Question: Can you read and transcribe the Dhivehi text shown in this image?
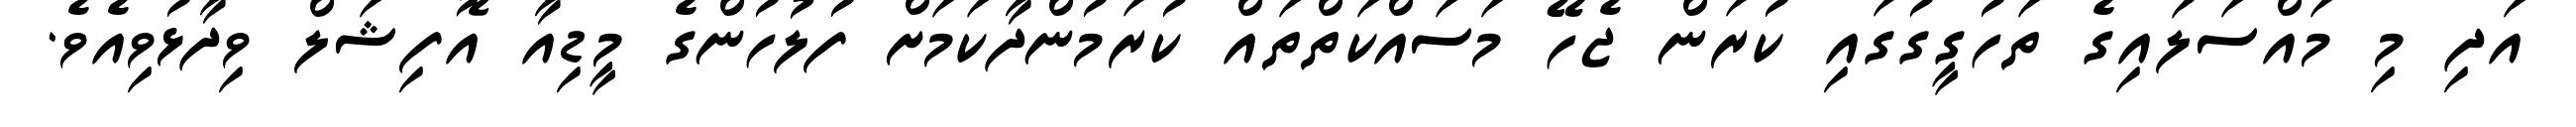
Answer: އަދި މި މައްސަލައިގެ ތަހުގީގުގައި ކުރަން ޖެހޭ މަސައްކަތްތައް ކުރަމުންދާކަމަށް ފުލުހުންގެ މީޑިއާ އޮފިޝަލް ވިދާޅުވިއެވެ.